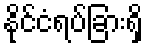
နိုင်ငံရပ်ခြားရှိ